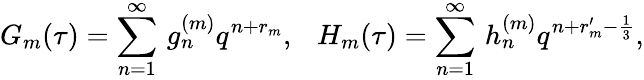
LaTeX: G_{m}(\tau)=\sum_{n=1}^{\infty}\, g_{n}^{(m)}q^{n+r_{m}},~~~H_{m}(\tau)=\sum_{n=1}^{\infty}\, h_{n}^{(m)}q^{n+r_{m}^{\prime}-\frac{1}{3}},